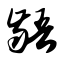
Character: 龉